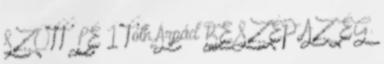
SZŐTT LÉ 1 Tóth Árpád BE SZÉP AZ ÉG.